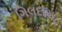
ગિલદાસ